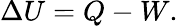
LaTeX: \Delta U=Q-W.